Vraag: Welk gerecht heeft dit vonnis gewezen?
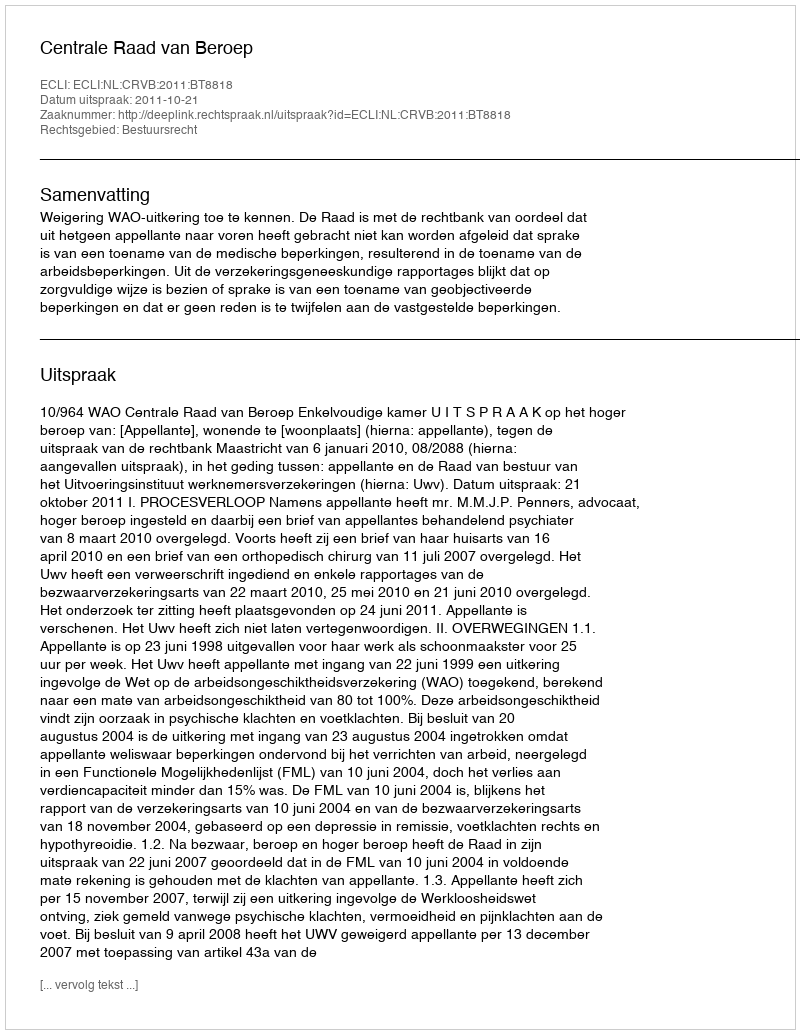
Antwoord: Centrale Raad van Beroep